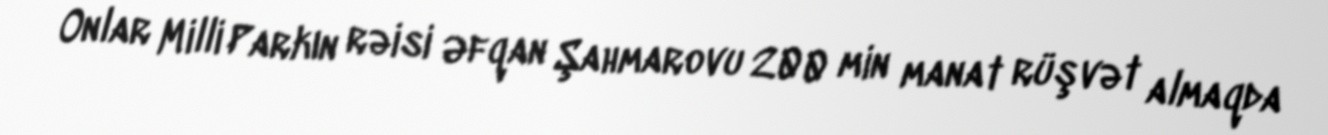
Onlar Milli Parkın rəisi Əfqan Şahmarovu 200 min manat rüşvət almaqda